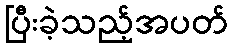
ပြီးခဲ့သည့်အပတ်